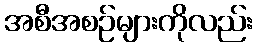
အစီအစဉ်များကိုလည်း